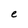
Character: e